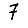
Digit: 7